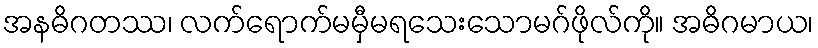
အနဓိဂတဿ၊ လက်ရောက်မမှီမရသေးသောမဂ်ဖိုလ်ကို။ အဓိဂမာယ၊